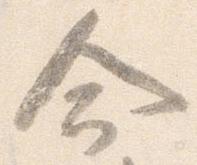
命